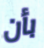
بأن